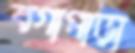
বগাপাড়া